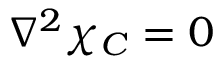
\nabla ^ { 2 } \chi _ { C } = 0